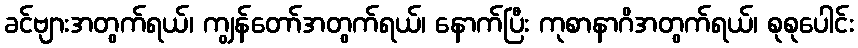
ခင်ဗျားအတွက်ရယ်၊ ကျွန်တော်အတွက်ရယ်၊ နောက်ပြီး ကုစာနာဂိအတွက်ရယ်၊ စုစုပေါင်း